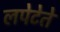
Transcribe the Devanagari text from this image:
लपेटेते